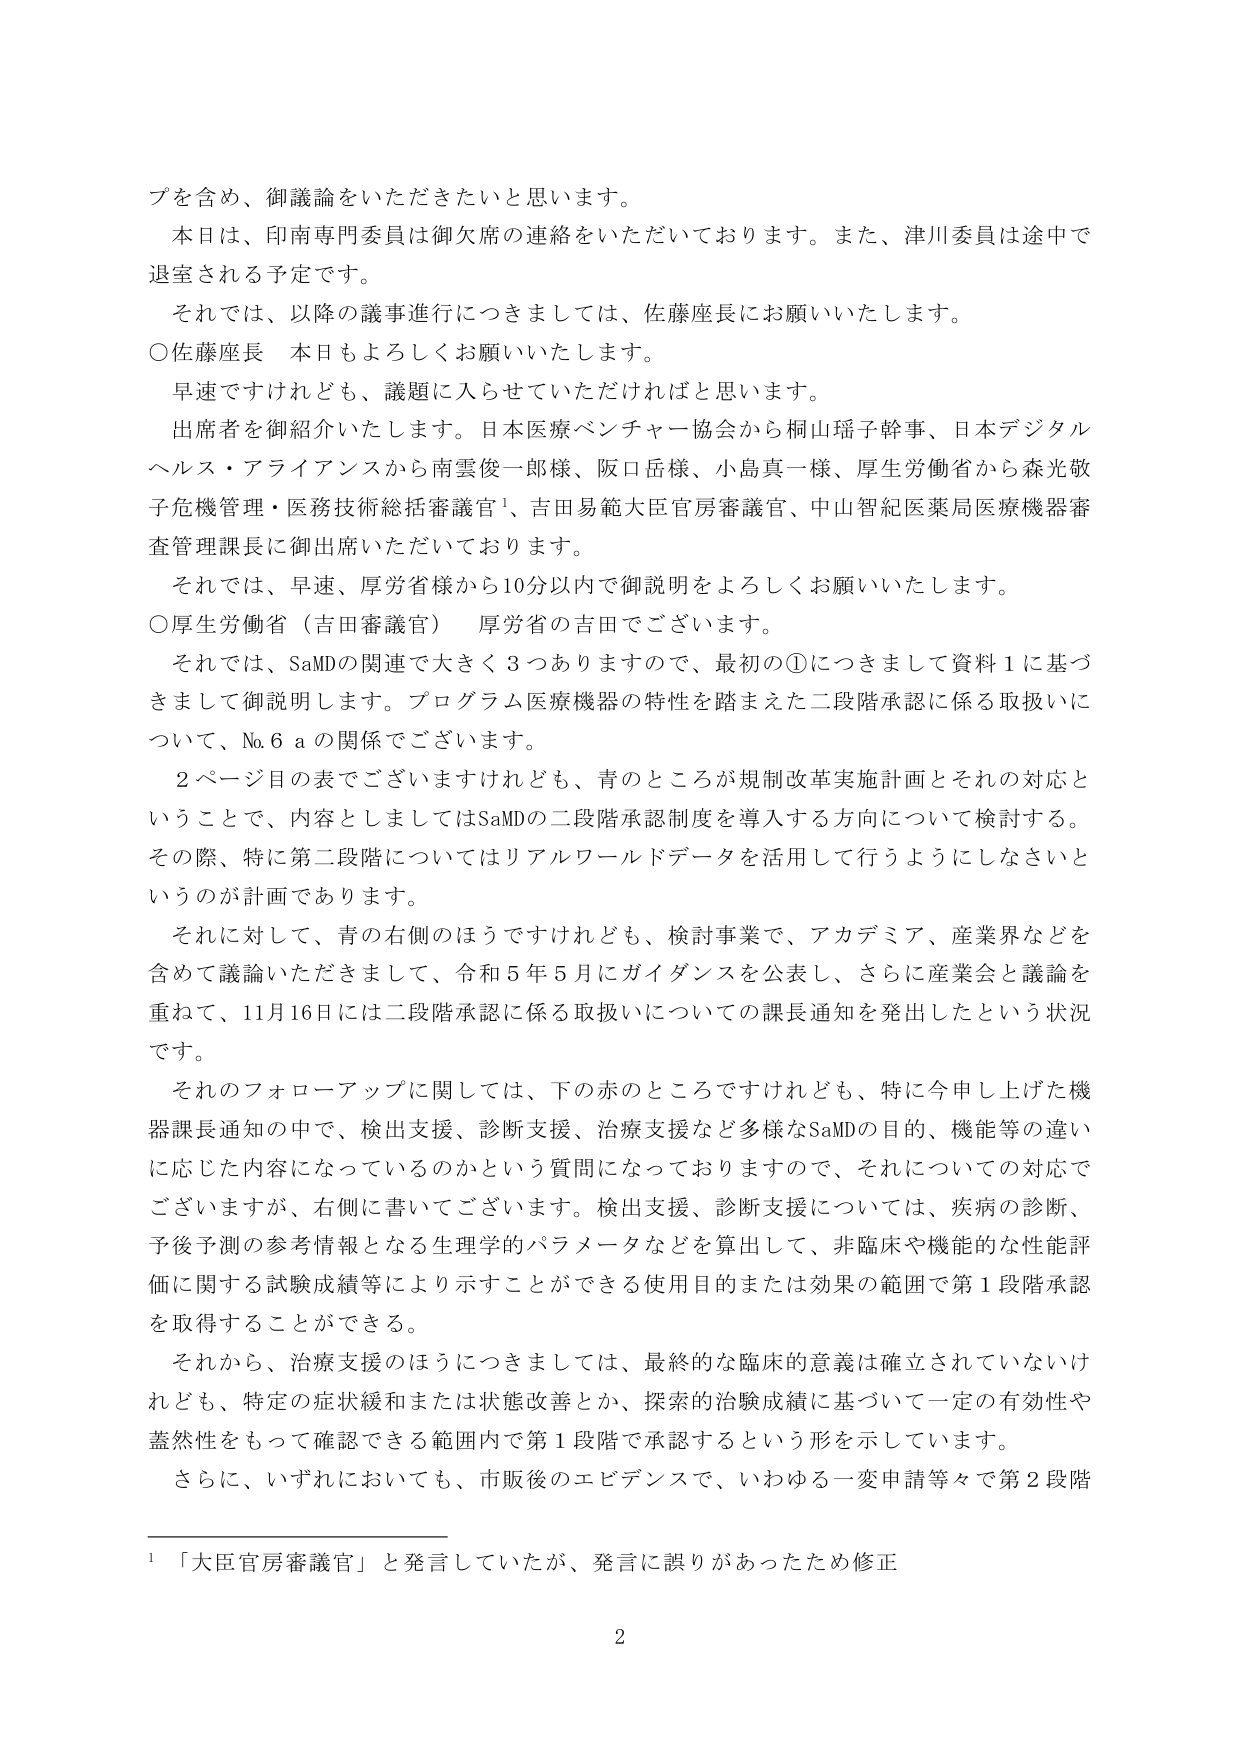
プを含め、御議論をいただきたいと思います。
本日は、印南専門委員は御欠席の連絡をいただいております。また、津川委員は途中で退室される予定です。
それでは、以降の議事進行につきましては、佐藤座長にお願いいたします。
○佐藤座長　本日もよろしくお願いいたします。
早速ですけれども、議題に入らせていただければと思います。
出席者を御紹介いたします。日本医療ベンチャー協会から桐山瑶子幹事、日本デジタルヘルス・アライアンスから南雲俊一郎様、阪口岳様、小島真一様、厚生労働省から森光敬子危機管理・医務技術総括審議官¹、吉田易範大臣官房審議官、中山智紀医薬局医療機器審査管理課長に御出席いただいております。
それでは、早速、厚労省側から10分以内で御説明をよろしくお願いいたします。
○厚生労働省（吉田審議官）　厚労省の吉田でございます。
それでは、SaMDの関連で大きく3つありますので、最初の①につきまして資料1に基づきまして御説明します。プログラム医療機器の特性を踏まえた二段階承認に係る取扱いについて、No.6 aの関係でございます。
2ページ目の表でございますけれども、青のところが規制改革実施計画とそれの対応ということで、内容としましてはSaMDの二段階承認制度を導入する方向について検討する。その際、特に第二段階についてはリアルワールドデータを活用して行うようにしなさいというのが計画であります。
それに対して、青の右側のほうですけれども、検討事業で、アカデミア、産業界などを含めて議論いただきますまして、令和5年5月にガイダンスを公表し、さらに産業会と議論を重ねて、11月16日には二段階承認に係る取扱いについての課長通知を発出したという状況です。
それのフォローアップに関しては、下の赤のところですけれども、特に今申し上げた機器課長通知の中で、検出支援、診断支援、治療支援など多様なSaMDの目的、機能等の違いに応じた内容になっているのかという質問になっておりますので、それについての対応でございますが、右側に書いてございます。検出支援、診断支援については、疾病の診断、予後予測の参考情報となる生理学的パラメータなどを算出して、非臨床や機能的な性能評価に関する試験成績等により示すことができる使用目的または効果の範囲で第1段階承認を取得することができる。
それから、治療支援のほうにつきましては、最終的な臨床的意義は確立されていないけれども、特定の症状緩和または状態改善とか、探索的治験成績に基づいて一定の有効性や蓋然性をもって確認できる範囲内で第1段階で承認するという形を示しています。
さらに、いずれにおいても、市販後のエビデンスで、いわゆる一変申請等々で第2段階

¹「大臣官房審議官」と発言していたが、発言に誤りがあったため修正

2